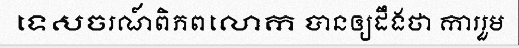
ទេសចរណ៍ពិភពលោក បានឲ្យដឹងថា ការរួម